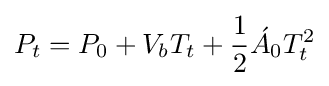
P_{t}=P_{0}+V_{b}T_{t}+{\frac {1}{2}}{\acute {A}}_{0}T_{t}^{2}